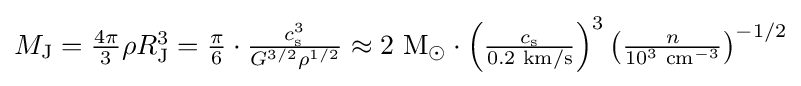
{\textstyle M_{\text{J}}={\frac {4\pi }{3}}\rho R_{\text{J}}^{3}={\frac {\pi }{6}}\cdot {\frac {c_{\text{s}}^{3}}{G^{3/2}\rho ^{1/2}}}\approx 2{\text{ M}}_{\odot }\cdot \left({\frac {c_{\text{s}}}{0.2{\text{ km/s}}}}\right)^{3}\left({\frac {n}{10^{3}{\text{ cm}}^{-3}}}\right)^{-1/2}}